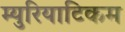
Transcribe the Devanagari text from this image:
म्युरियाटिकम